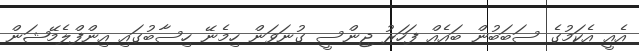
އެއީ އެކަމުގެ ސަބަބުން ބައެއް ފަހަރު ޖިންސީ ގުނަވަން ހިމެނޭ ހިސާބުގައި އިންފްލެމޭޝަން